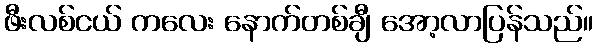
ဖီးလစ်ငယ် ကလေး နောက်တစ်ချီ အော့လာပြန်သည်။